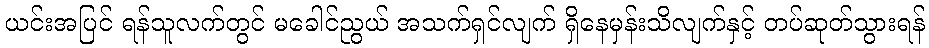
ယင်းအပြင် ရန်သူလက်တွင် မခေါင်ညွယ် အသက်ရှင်လျက် ရှိနေမှန်းသိလျက်နှင့် တပ်ဆုတ်သွားရန်